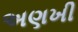
અણખી